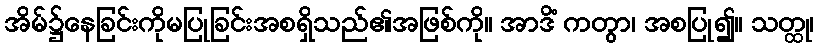
အိမ်၌နေခြင်းကိုမပြုခြင်းအစရှိသည်၏အဖြစ်ကို။ အာဒိံ ကတွာ၊ အစပြု၍။ သတ္ထု၊